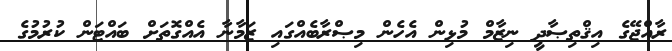
ރާއްޖޭގެ އިޤްތިޞާދީ ނިޒާމް މުޅިން އެހެން މިޞްރާބެއްގައި ޒަމާނާ އެއްގޮތަށް ބައްޓަން ކުރުމުގެ